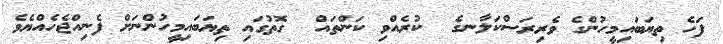
ފަހެ ތިޔަބައިމީހުންގެ ވެރިރަސްކަލާނގެ  ކުރެއްވި ކަންތައް  ގޮތުގައި ތިޔަބައިމީހުންނަށް ފެނިއްޖެހެއްޔެވެ